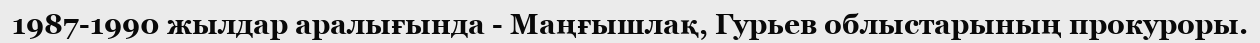
1987-1990 жылдар аралығында - Маңғышлақ, Гурьев облыстарының прокуроры.